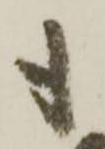
も